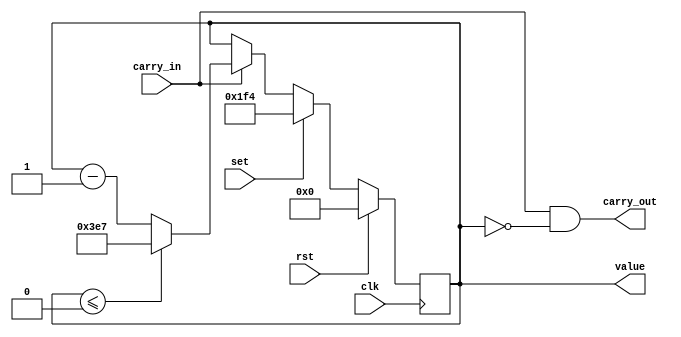
module Clock # (
    parameter               WIDTH               = 32,
    parameter               MIN_VALUE           = 0,
    parameter               MAX_VALUE           = 999,
    parameter               SET_VALUE           = 500    
) (
    input                   [ 0 : 0]            clk,
    input                   [ 0 : 0]            rst,

    input                   [ 0 : 0]            set,
    input                   [ 0 : 0]            carry_in,
    output      reg         [ 0 : 0]            carry_out,
    output      reg         [WIDTH-1: 0]        value
);

always @(posedge clk) begin
    if (rst)
        value = 0;
    else if (set)
        value = SET_VALUE;
    else if (carry_in) begin
        if (value <= MIN_VALUE)
            value <= MAX_VALUE;
        else
            value <= value - 1;
    end
end
always @(*)
    carry_out = (carry_in) && (value == MIN_VALUE);
endmodule